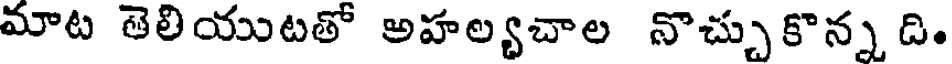
మాట తెలియుటతో అహల్యచాల నొచ్చుకొన్న ది.